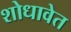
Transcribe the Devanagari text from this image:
शोधावेत